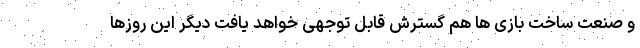
و صنعت ساخت بازی ها هم گسترش قابل توجهی خواهد یافت دیگر این روزها